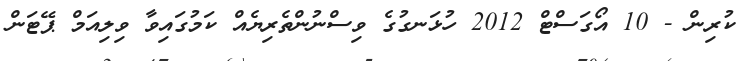
ކުރިން - 10 އޯގަސްޓް 2012 ހުޅަނގުގެ ވިސްނުންތެރިޔެއް ކަމުގައިވާ ވިލިއަމް ޕޭޓަން